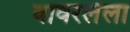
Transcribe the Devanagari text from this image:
वावरलेला